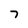
Character: 7